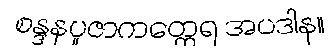
စန္ဒနပူဇာကတ္ထေရ အပဒါန။